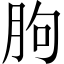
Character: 朐